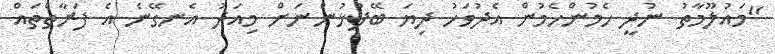
"މައުލޫމާތު ނުދީ ހެމުންހެމުން އެދުވަހު ދިޔަ ބޭފުޅުންނަށް މިއަދު އެނގޭނެ އެ ފަރާތްތައް